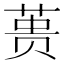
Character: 蒉